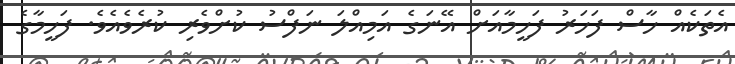
އެތަކެއް ހާސް ފަހަރު ފަހީމާއަށް އޭނަގެ އަމިއްލަ ނަފްސު ކުށްވެރި ކުރެވެއެވެ. ފަހީމާގެ